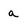
Character: a